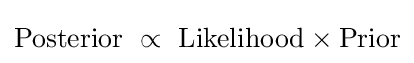
{\text{Posterior}}\ \propto \ {\text{Likelihood}}\times {\text{Prior}}